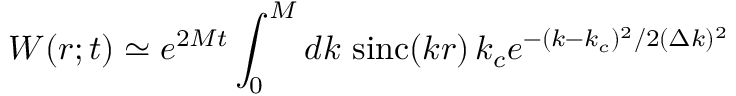
W ( r ; t ) \simeq e ^ { 2 M t } \int _ { 0 } ^ { M } d k \, \, \mathrm { s i n c } ( k r ) \, k _ { c } e ^ { - ( k - k _ { c } ) ^ { 2 } / 2 ( \Delta k ) ^ { 2 } }